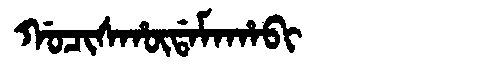
Manchu: ᡤᠣᠴᡳᠰᡥᡡᡩᠠᠮᠠᡥᠠᠪᡳ
Romanization: GOCISHŪDAMAHABI